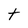
Character: t